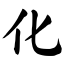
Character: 化